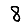
Digit: 8